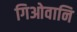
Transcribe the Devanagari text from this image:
गिओवानि